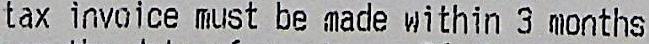
TAX INVOICE MUST BE MADE WITHIN 3 MONTHS